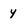
Character: 4